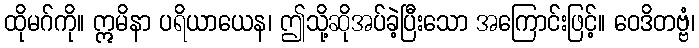
ထိုမဂ်ကို။ ဣမိနာ ပရိယာယေန၊ ဤသို့ဆိုအပ်ခဲ့ပြီးသော အကြောင်းဖြင့်။ ဝေဒိတဗ္ဗံ၊